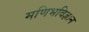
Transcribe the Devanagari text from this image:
मणिभविज्ञान